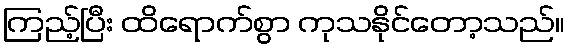
ကြည့်ပြီး ထိရောက်စွာ ကုသနိုင်တော့သည်။